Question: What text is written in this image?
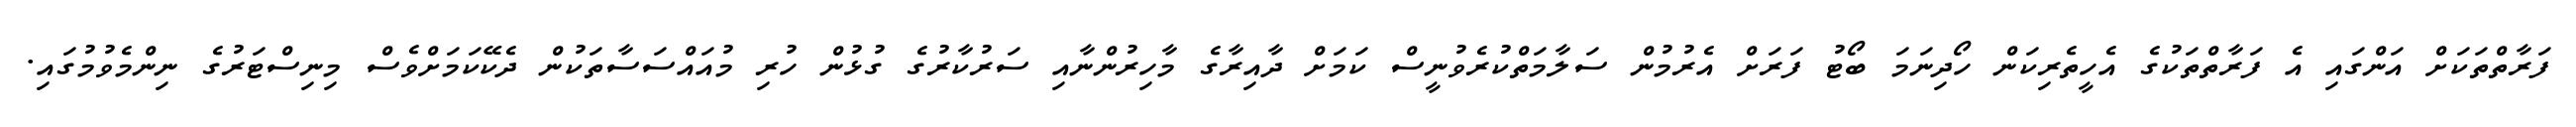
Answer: ފަރާތްތަކަށް އަންގައި އެ ފަރާތްތަކުގެ އެހީތެރިކަން ހޯދިނަމަ ބޯޓު ފަރަށް އެރުމުން ސަލާމަތްކުރެވުނީސް ކަމަށް ދާއިރާގެ މާހިރުންނާއި ސަރުކާރުގެ ގުޅުން ހުރި މުއައްސަސާތަކުން ދެކޭކަމަށްވެސް މިނިސްޓަރުގެ ނިންމެވުމުގައި.